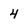
Character: 4